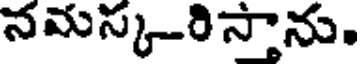
నమస్కరిస్తాను.